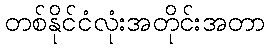
တစ်နိုင်ငံလုံးအတိုင်းအတာ